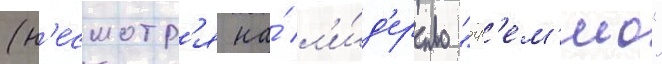
(н'есмотр'я на́ л'и́д'ерство "гр'ем'ио"